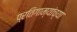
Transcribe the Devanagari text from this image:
प्रतिगाम्यांच्या